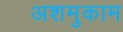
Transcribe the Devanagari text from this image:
अशमुकाम